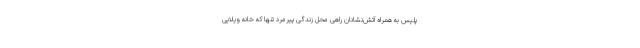
پلیس به همراه آتش‌نشانان راهی محل زندگی پیرمرد تنها که خانه ویلایی